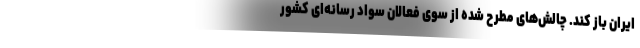
ایران باز کند. چالش‌های مطرح شده از سوی فعالان سواد رسانه‌‌ای کشور